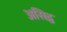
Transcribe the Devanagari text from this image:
असिद्व